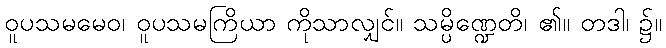
ဝူပသမမေဝ၊ ဝူပသမကြိယာ ကိုသာလျှင်။ သမ္ပိဏ္ဍေတိ၊ ၏။ တဒါ၊ ၌။